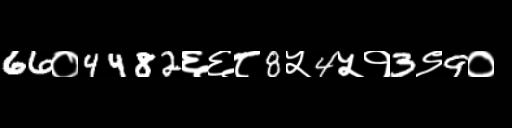
Text: 66०4482६६८8५4५१3९9०